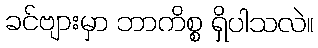
ခင်ဗျားမှာ ဘာကိစ္စ ရှိပါသလဲ။